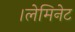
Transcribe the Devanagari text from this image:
।लेमिनेट